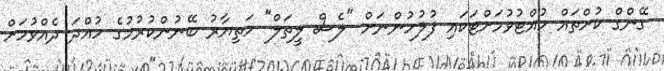
ގޭންގް ކުށްތައް ހުއްޓުވުމަށްޓަކައި ފުލުހުންނަށް "ލެސް ލީތަލް" ހަތިޔާރު ބޭނުންކުރުމުގެ ހުއްދަ ދެއްވުމަށް